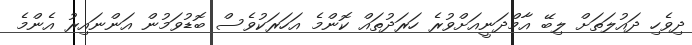
ދިވެހި ދައުލަތަށް ލިބޭ އާމްދަނީއަށްވުރެ ހަރަދުތައް ކޮންމެ އަހަރަކުވެސް ބޮޑުވަމުން އަންނައިރު އެންމެ